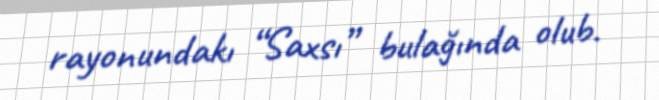
rayonundakı “Saxsı” bulağında olub.